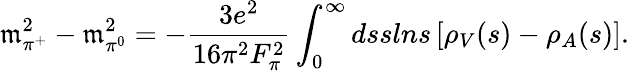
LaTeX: \mathfrak{m}_{\pi^{+}}^{2}-\mathfrak{m}_{\pi^{0}}^{2}=-{\frac{{3e^{2}}}{{16\pi^{2}F_{\pi}^{2}}}}\int_{0}^{\infty}dsslns\left[\rho_{V}(s)-\rho_{A}(s)\right].